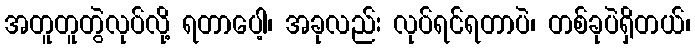
အတူတူတွဲလုပ်လို့ ရတာပေါ့၊ အခုလည်း လုပ်ရင်ရတာပဲ၊ တစ်ခုပဲရှိတယ်၊